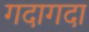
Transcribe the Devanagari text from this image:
गदागदा